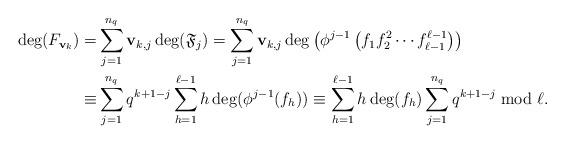
LaTeX: \begin{align*}\deg( F_{{\bf v}_k})=& \sum_{j=1}^{n_q} {\bf v}_{k,j} \deg(\mathfrak{F}_j)= \sum_{j=1}^{n_q} {\bf v}_{k,j} \deg\left(\phi^{j-1}\left(f_1f_2^2\cdots f_{\ell-1}^{\ell-1}\right)\right)\\\equiv& \sum_{j=1}^{n_q} q^{k+1-j} \sum_{h=1}^{\ell-1} h \deg(\phi^{j-1}( f_h))\equiv \sum_{h=1}^{\ell-1} h \deg(f_h)\sum_{j=1}^{n_q} q^{k+1-j} \bmod{\ell}.\end{align*}